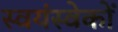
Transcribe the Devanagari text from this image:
स्वयंस्वेकों